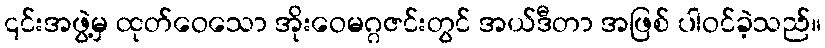
၎င်းအဖွဲ့မှ ထုတ်ဝေသော အိုးဝေမဂ္ဂဇင်းတွင် အယ်ဒီတာ အဖြစ် ပါဝင်ခဲ့သည်။